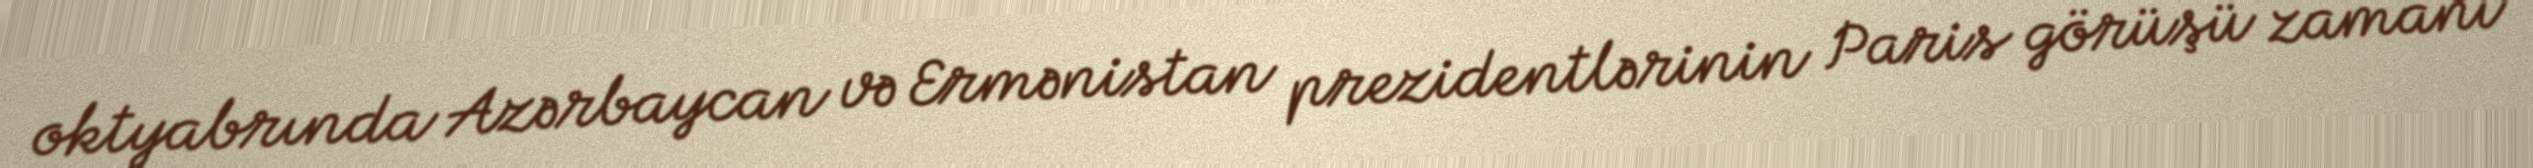
oktyabrında Azərbaycan və Ermənistan prezidentlərinin Paris görüşü zamanı